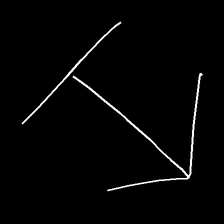
Glyph: levitation